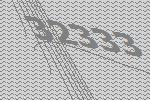
32333